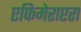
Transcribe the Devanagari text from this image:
एफिमेराप्टरा